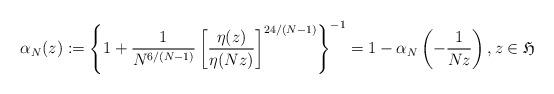
LaTeX: \begin{align*}\alpha_N(z):=\left\{1+\frac{1}{N^{6/(N-1)}}\left[ \frac{\eta(z)}{\eta(Nz)} \right]^{24/(N-1)}\right\}^{-1}=1-\alpha_N\left( -\frac{1}{N z} \right),z\in\mathfrak H\end{align*}